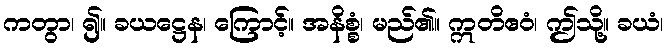
ကတွာ၊ ၍။ ခယဋ္ဌေန၊ ကြောင့်။ အနိစ္စံ၊ မည်၏။ ဣတိဧဝံ၊ ဤသို့။ ခယံ၊